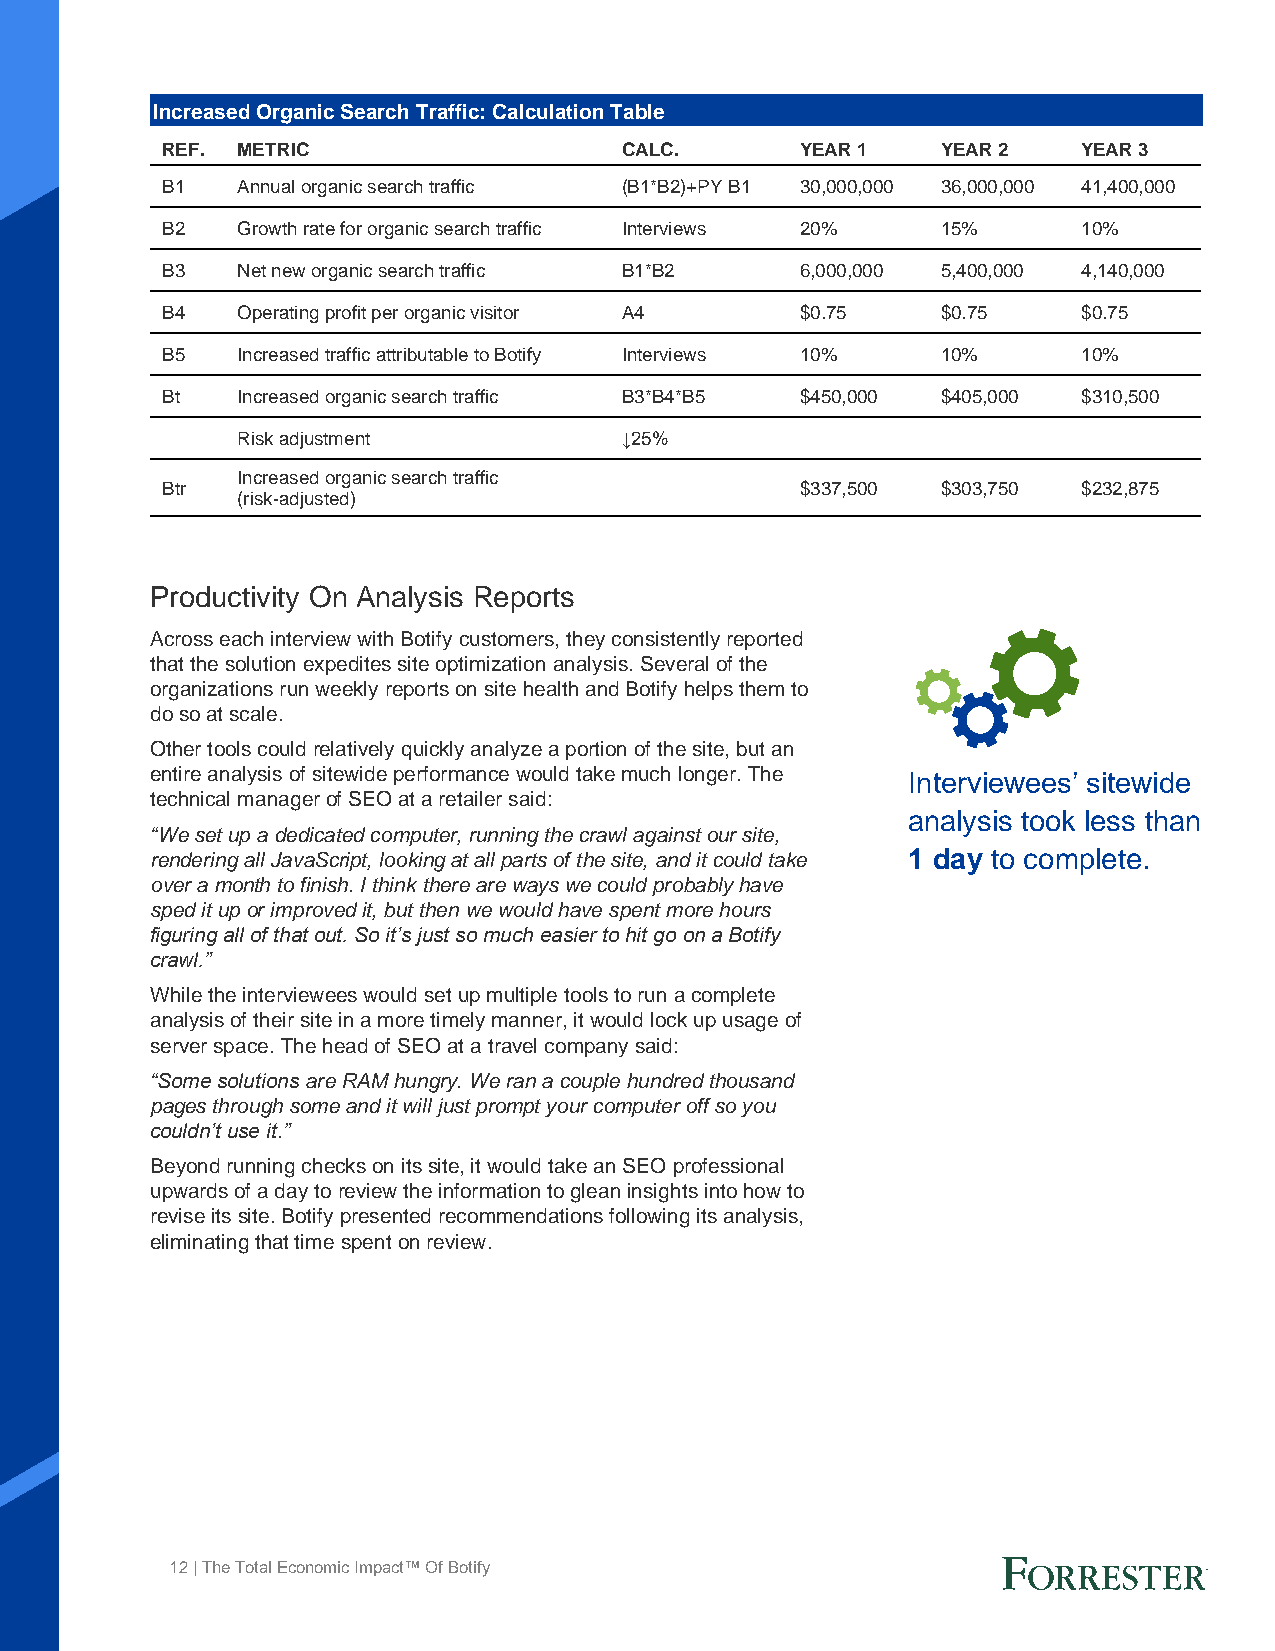
Increased Organic Search Traffic: Calculation Table
 REF. METRIC                   CALC.       YEAR 1   YEAR 2    YEAR 3
 B1   Annual organic search traffic (B1*B2)+PY B1 30,000,000 36,000,000 41,400,000
 B2   Growth rate for organic search traffic Interviews 20% 15% 10%
 B3   Net new organic search traffic B1*B2 6,000,000 5,400,000 4,140,000
 B4   Operating profit per organic visitor A4 $0.75 $0.75     $0.75
 B5   Increased traffic attributable to Botify Interviews 10% 10% 10%
 Bt   Increased organic search traffic B3*B4*B5 $450,000 $405,000 $310,500
 Risk adjustment          ↓25%
 Increased organic search traffic
 Btr                                       $337,500 $303,750  $232,875
 (risk-adjusted)
 Productivity On Analysis Reports
 Across each interview with Botify customers, they consistently reported
 that the solution expedites site optimization analysis. Several of the
 organizations run weekly reports on site health and Botify helps them to
 do so at scale.
 Other tools could relatively quickly analyze a portion of the site, but an
 entire analysis of sitewide performance would take much longer. The Interviewees’ sitewide
 technical manager of SEO at a retailer said:
 analysis took less than
 “We set up a dedicated computer, running the crawl against our site,
 rendering all JavaScript, looking at all parts of the site, and it could take 1 day to complete.
 over a month to finish. I think there are ways we could probably have
 sped it up or improved it, but then we would have spent more hours
 figuring all of that out. So it’s just so much easier to hit go on a Botify
 crawl.”
 While the interviewees would set up multiple tools to run a complete
 analysis of their site in a more timely manner, it would lock up usage of
 server space. The head of SEO at a travel company said:
 “Some solutions are RAM hungry. We ran a couple hundred thousand
 pages through some and it will just prompt your computer off so you
 couldn’t use it.”
 Beyond running checks on its site, it would take an SEO professional
 upwards of a day to review the information to glean insights into how to
 revise its site. Botify presented recommendations following its analysis,
 eliminating that time spent on review.
 12 | The Total Economic Impact™ Of Botify